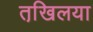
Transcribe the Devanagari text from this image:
तखि़लया